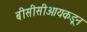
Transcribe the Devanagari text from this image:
बीसीसीआयकडून